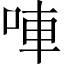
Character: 唓